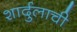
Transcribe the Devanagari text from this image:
शार्दुलाची